Civil Veterinary Department Bihar reports 1940-50 - 1940-1950
Year: 1940
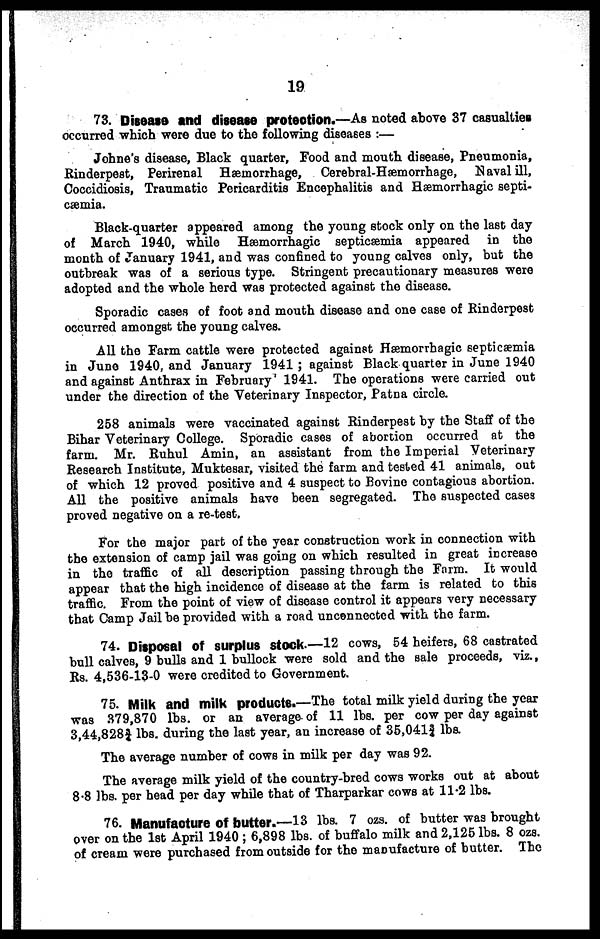
19
73. Disease and disease protection.—As noted above 37 casualties
occurred which were due to the following diseases :—
Johne's disease, Black quarter, Food and mouth disease, Pneumonia,
Rinderpest, Perirenal Hæmorrhage, Cerebral-Hæmorrhage, Naval ill,
Coccidiosis, Traumatic Pericarditis Encephalitis and Hæmorrhagic septi-
cæmia.
Black-quarter appeared among the young stock only on the last day
of March 1940, while Hæmorrhagic septicæmia appeared in the
month of January 1941, and was confined to young calves only, but the
outbreak was of a serious type. Stringent precautionary measures were
adopted and the whole herd was protected against the disease.
Sporadic cases of foot and mouth disease and one case of Rinderpest
occurred amongst the young calves.
All the Farm cattle were protected against Hæmorrhagic septicæmia
in June 1940, and January 1941; against Black quarter in June 1940
and against Anthrax in February' 1941. The operations were carried out
under the direction of the Veterinary Inspector, Patna circle.
258 animals were vaccinated against Rinderpest by the Staff of the
Bihar Veterinary College. Sporadic cases of abortion occurred at the
farm. Mr. Rahul Amin, an assistant from the Imperial Veterinary
Research Institute, Muktesar, visited the farm and tested 41 animals, out
of which 12 proved positive and 4 suspect to Bovine contagious abortion.
All the positive animals have been segregated. The suspected cases
proved negative on a re-test.
For the major part of the year construction work in connection with
the extension of camp jail was going on which resulted in great increase
in the traffic of all description passing through the Farm. It would
appear that the high incidence of disease at the farm is related to this
traffic. From the point of view of disease control it appears very necessary
that Camp Jail be provided with a road unconnected with the farm.
74. Disposal Of surplus stock-—12 cows, 54 heifers, 68 castrated
bull calves, 9 bulls and 1 bullock were sold and the sale proceeds, viz.,
Rs. 4,536-13-0 were credited to Government.
75. Milk and milk products.—The total milk yield during the year
was 379,870 lbs. or an average of 11 lbs. per cow per day against
3,44,8283/4 lbs. during the last year, an increase of 35,0413/4 lbs.
The average number of cows in milk per day was 92.
The average milk yield of the country-bred cows works out at about
8.8 lbs. per head per day while that of Tharparkar cows at 11.2 lbs.
76. Manufacture of butter.—13 lbs. 7 ozs. of butter was brought
over on the 1st April 1940; 6,898 lbs. of buffalo milk and 2,125 lbs. 8 ozs.
of cream were purchased from outside for the manufacture of butter. The